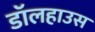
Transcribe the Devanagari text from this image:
डॉलहाउस